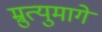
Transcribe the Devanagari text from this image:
म्रुत्युमागे